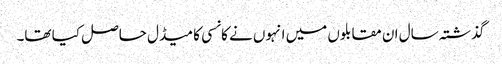
گذشتہ سال ان مقابلوں میں انہوں نے کانسی کا میڈل حاصل کیا تھا۔